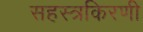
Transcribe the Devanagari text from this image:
सहस्त्रकिरणी